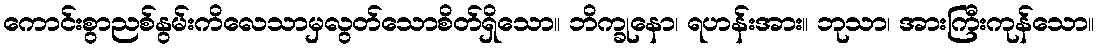
ကောင်းစွာညစ်နွမ်းကိလေသာမှလွတ်သောစိတ်ရှိသော။ ဘိက္ခုနော၊ ရဟန်းအား။ ဘုသာ၊ အားကြီးကုန်သော။